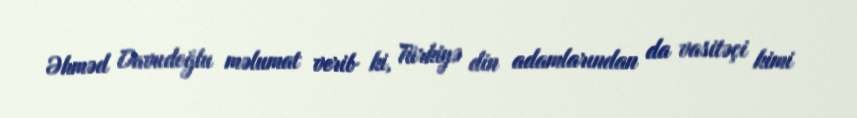
Əhməd Davudoğlu məlumat verib ki, Türkiyə din adamlarından da vasitəçi kimi